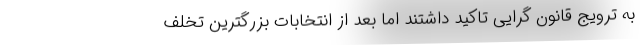
به ترویج قانون گرایی تاکید داشتند اما بعد از انتخابات بزرگترین تخلف